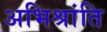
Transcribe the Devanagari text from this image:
अभिश्रांति